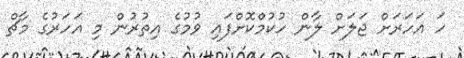
ހަ އަހަރަށް ޖަލަށް ލާން ހުކުމްކޮށްފައި ވުމުގެ އިތުރުން މި އަހަރުގެ މާޗް